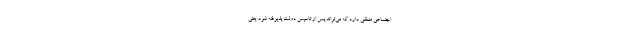
اجتماعی منطقی دارد که می‌تواند پس از تاسیس دولت پذیرفته شود. یعنی